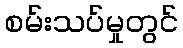
စမ်းသပ်မှုတွင်